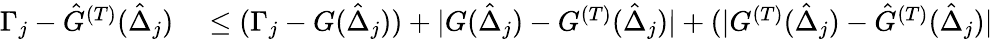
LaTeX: \begin{array}{rl}{\Gamma_{j}-\hat{G}^{(T)}(\hat{\Delta}_{j})}&{{}\leq(\Gamma_{j}-{G}(\hat{\Delta}_{j}))+|{G}(\hat{\Delta}_{j})-{G}^{(T)}(\hat{\Delta}_{j})|+(|{G}^{(T)}(\hat{\Delta}_{j})-\hat{G}^{(T)}(\hat{\Delta}_{j})|}\end{array}